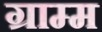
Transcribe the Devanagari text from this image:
ग्राम्म